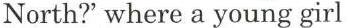
North?' where a young girl